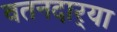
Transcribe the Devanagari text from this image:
वतनदार्‍या